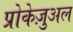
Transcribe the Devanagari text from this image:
प्रोकेज़ुअल